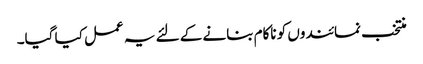
منتخب نمائندوں کو ناکام بنانے کے لئے یہ عمل کیا گیا۔